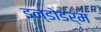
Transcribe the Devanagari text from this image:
इन्डोडर्म